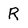
Character: R